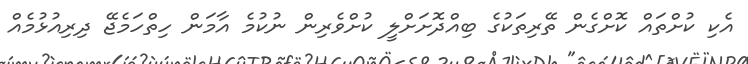
އެކި ކުށްތައް ކޮށްގެން ތޭރިތަކުގެ ބިއްދޮށަށްލީ ކުށްވެރިން ނުކުމެ އާމަން ހިތްހަމެޖޭ ދިރިއުޅުމެއް